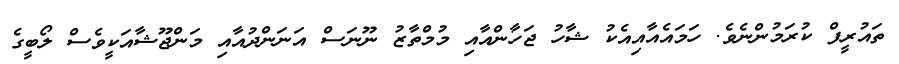
ތައުރީފް ކުރަމުންނެވެ. ހަމައެއާއިއެކު ޝާހު ޖަހާންއާއި މުމްތާޒު ނޫނަސް އަނަންދުއާއި މަންޖޫޝާއަކީވެސް ލޯބީގެ